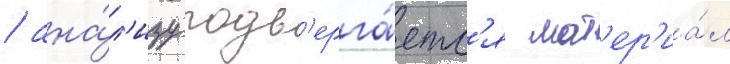
/ ана́л'изу подв'ерга́етс'я мат'ер'иа́л